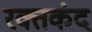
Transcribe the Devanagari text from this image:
रक्तकंद